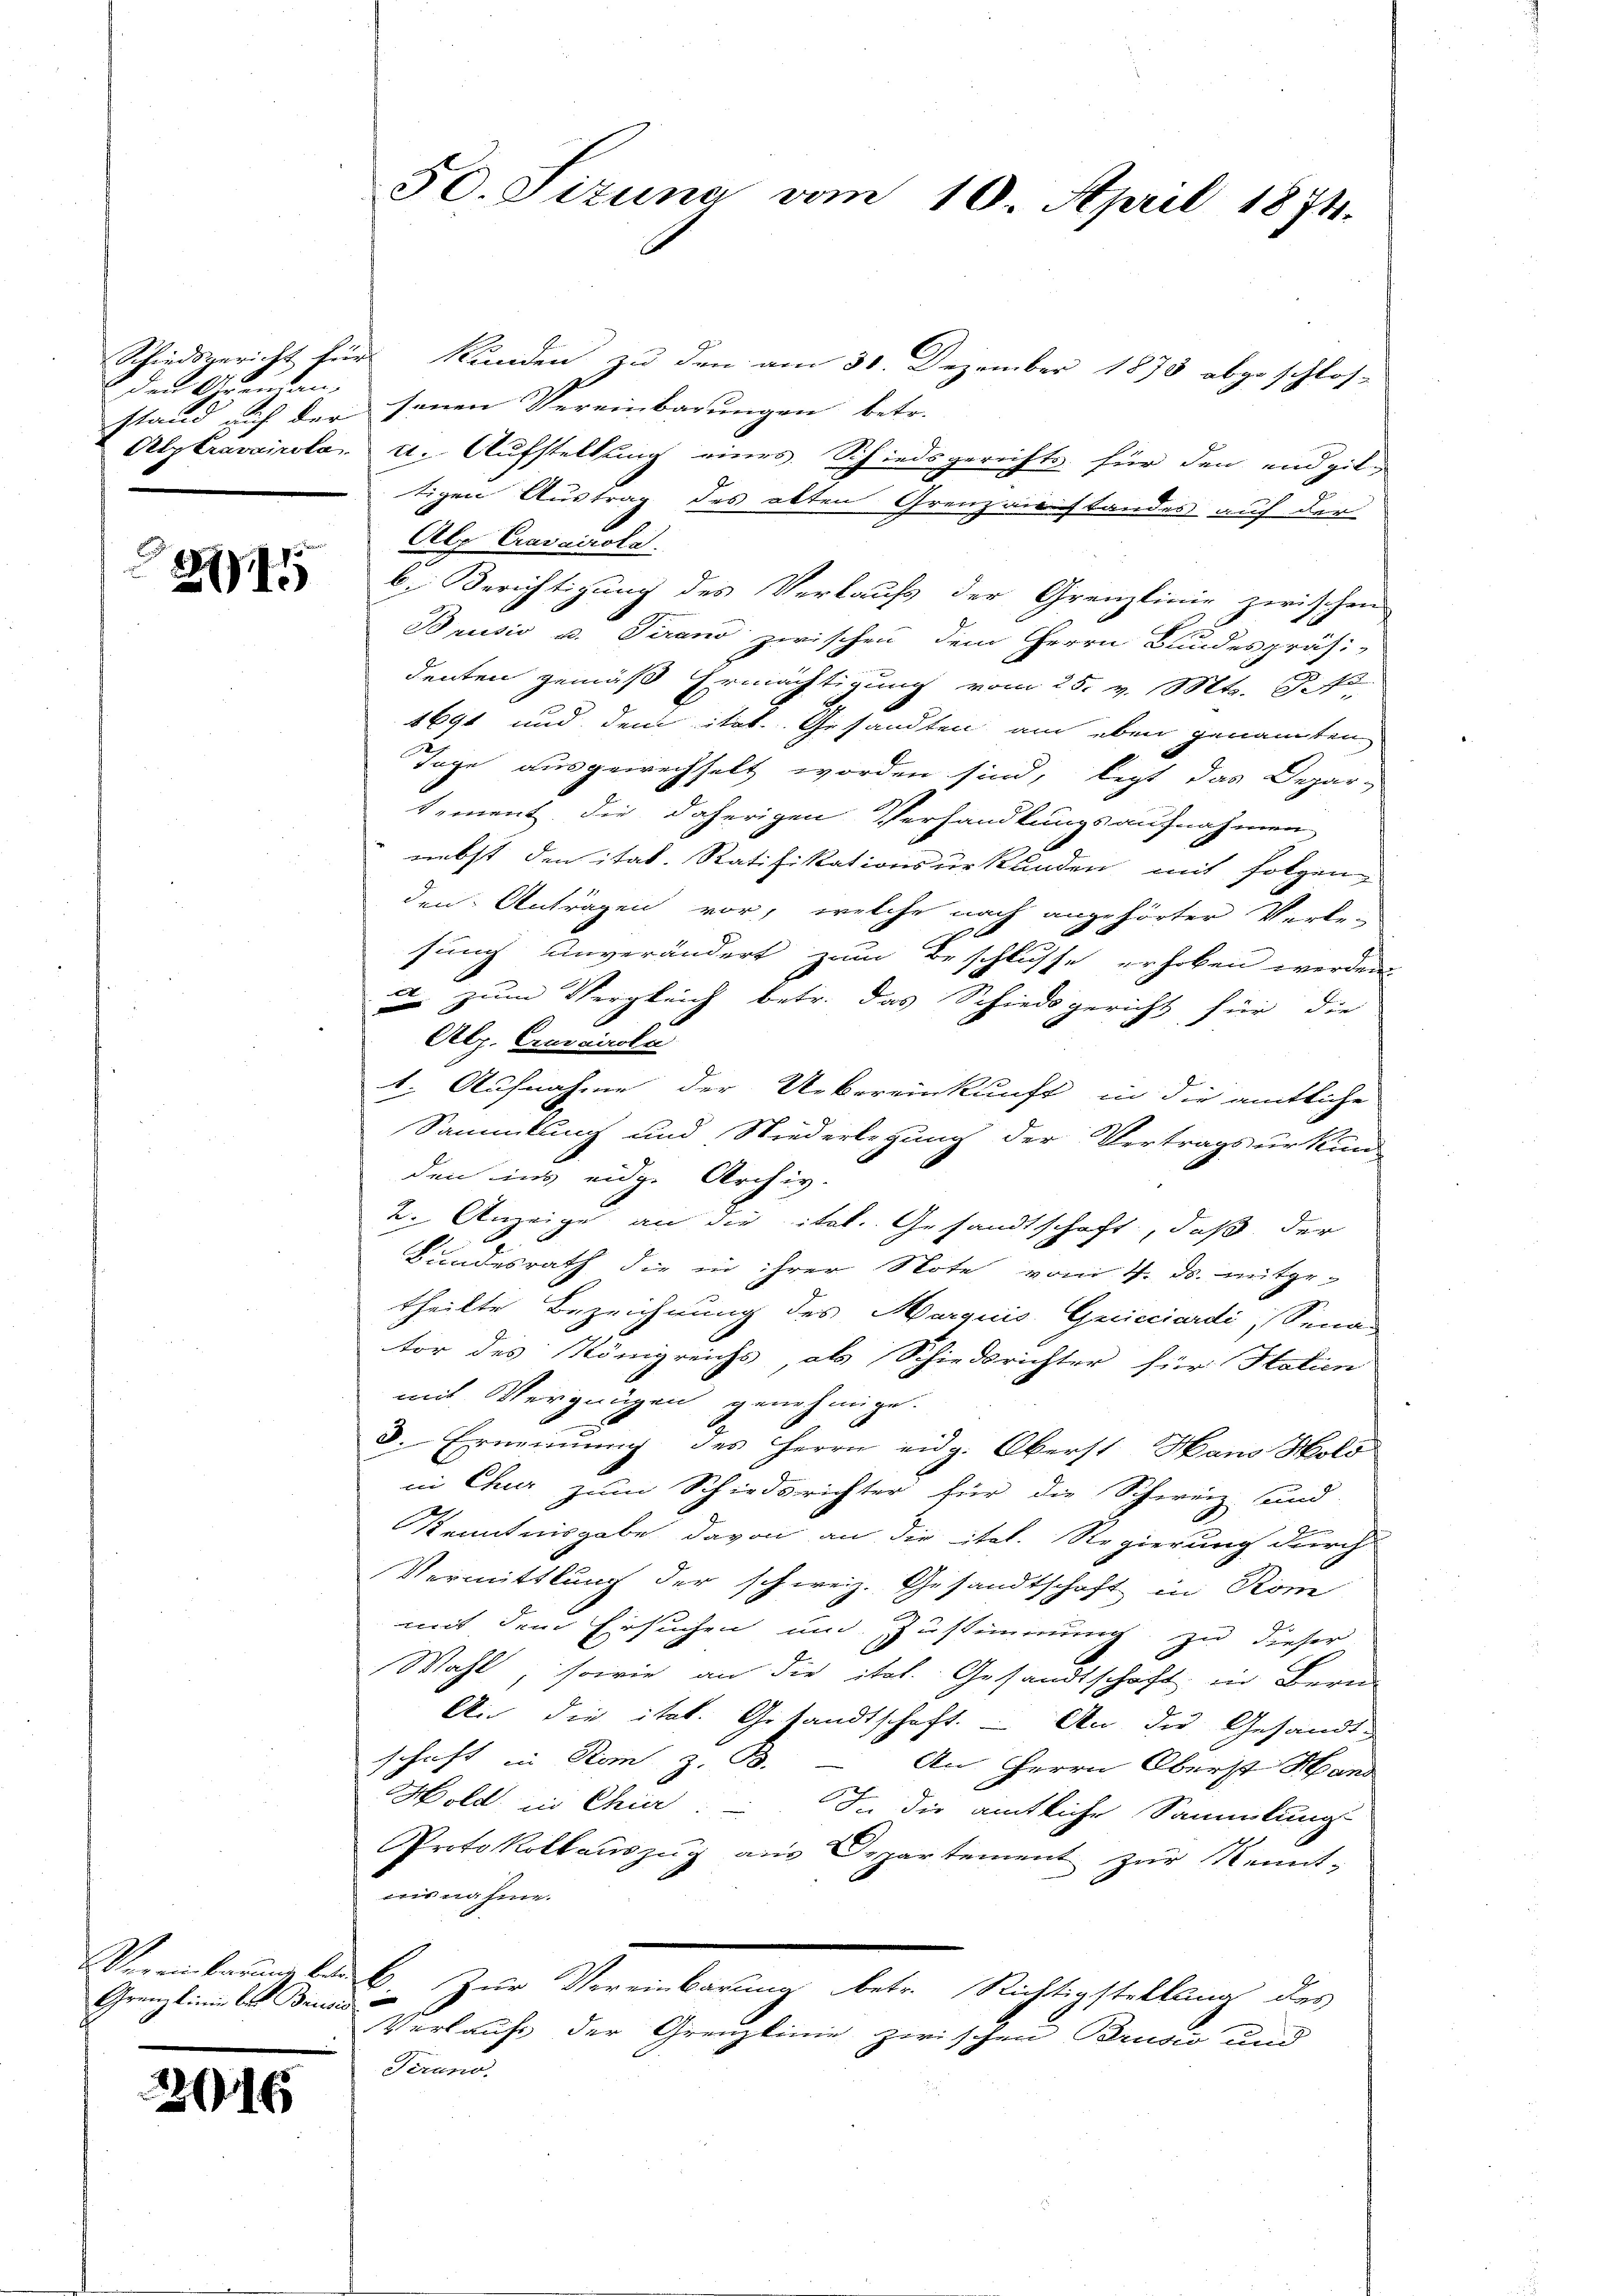
den 188

211

Vereinbarung be
Granzlinie les Bene

216

50. Sizung vom 10. April 1874.

Schiedsgericht für Kunden zu den am 31. Dezember 1873 abgeschlos-
stand auf der seinen Vereinbarungen betr.
Alztravairola, u. Aufstellung eines Schiedsgerichts für den und gibtigen Austrag des alten Grenzanstandes auf der
Alp Cravairole.
b. Berichtigung des Verkaufs der Grenzlinie zwischen
Brusio u. Verand zwischen dem Herrn Bundespräsi-
denten gemäß Ermächtigung vom 25. v. Mts. S. 72
1691 und dem itat. Gesandten am eben genannten
Tage ausgewechselt worden sind, legt das Depar-
tement die daherigen Verhandlungsaufnahmen
nebst den itat. Ratifikationsurkunden mit folgen-
den Anträgen vor, welche nach angehörter Verle-
sung unverändert zum Beschlusse erhoben werden
 zum Vergleich betr. das Schiedsgericht für die
Alp. Cravairola
b. Aufnahme der Uebereinkunft in die amtliche
Sammlung und Wiederlegung der Vertragsurkun-
den ins eidg. Archiv.
2. Anzeige an die ital. Gesandtschaft, daß der
Bundesrath die in ihrer Note vom 4. ds. mitge-
theilte Bezeichnung des Marquis, Genicciardi, Sena
tor des Königreichs, als Schiedsrichter für Station
mit Vergnügen genehmige.
3. Ernennung des Herrn eidg. Oberst Hans Holo
in Chur zum Schiedsrichter für die Schweiz und
2
Kenntnisgabe davon an die ital. Regierung durch
Vermittlung der schweiz. Gesandtschaft in Rom
mit dem Ersuchen und Zustimmung zu dieser
Wahl, sowie an die ital. Gesandtschaft in Bern
An die itat. Gesandtschaft. – An die Gesandte
schaft Rom z. B.
An Herrn Oberst Hand
Hold in Chier. In die amtliche Sammlung
Protokollauszug aus Departement zur Remit,
nisnahme.
C. Zur Vereinbarung betr. Richtigstellung des
uf
Verkaufs der Grenzlinie zwischen Brusio und
Tirno.